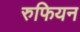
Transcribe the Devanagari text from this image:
रुफियन